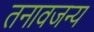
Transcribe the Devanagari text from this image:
तनावजन्य